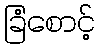
ခြံစောင့်